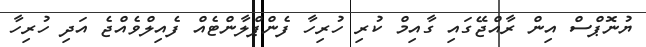
ޔުނޮޕްސް އިން ރާއްޖޭގައި ގާއިމް ކުރި ހުރިހާ ފެންޕްލާންޓެއް ފެއިލްވެއްޖެ އަދި ހުރިހާ